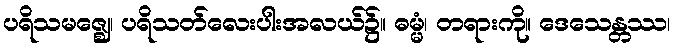
ပရိသမဇ္ဈေ၊ ပရိသတ်လေးပါးအလယ်၌။ ဓမ္မံ၊ တရားကို။ ဒေသေန္တဿ၊